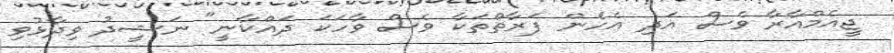
ޖީއެމްއާރާ ވެސް އަދި އެހެން ފަރާތްތަކާ ވެސް ވާހަކަ ދައްކާނީ" ނަޝީދު ވިދާޅުވި